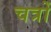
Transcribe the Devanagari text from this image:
चत्रों